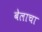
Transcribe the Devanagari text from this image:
बेलाचा